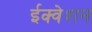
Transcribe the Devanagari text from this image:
ईक्वेशन